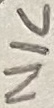
Text: N/C